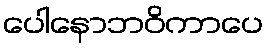
ပေါနောဘဝိကာပေ